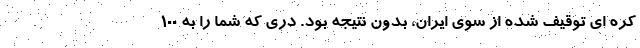
کره ای توقیف شده از سوی ایران، بدون نتیجه بود. دری که شما را به 100